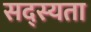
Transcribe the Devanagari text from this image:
सद्स्यता